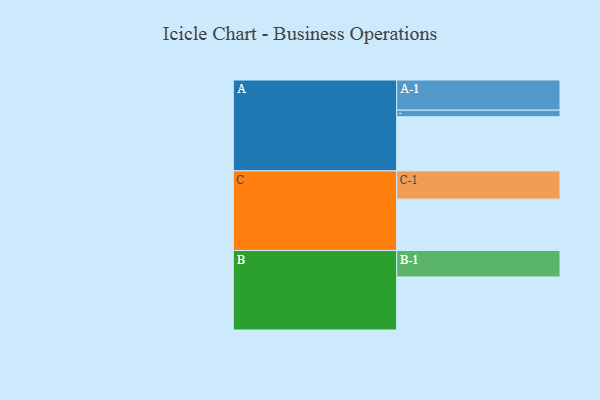
{"axis": {"x": "Segment", "y": "Value"}, "legend": ["", "A", "B", "C"], "data": [{"x": "A", "y": 485, "type": ""}, {"x": "B", "y": 475, "type": ""}, {"x": "C", "y": 460, "type": ""}, {"x": "A-1", "y": 270, "type": "A"}, {"x": "A-2", "y": 59, "type": "A"}, {"x": "B-1", "y": 237, "type": "B"}, {"x": "C-1", "y": 253, "type": "C"}]}